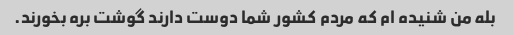
بله من شنیده ام که مردم کشور شما دوست دارند گوشت بره بخورند.